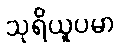
သုရိယူပမာ